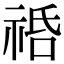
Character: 𥙱